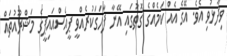
ވިދާޅުވި އެވެ. އޭގެ އެއް ކަމެއްގެ ގޮތުގައި އޭނާ ފާހަގަކުރެއްވީ ޕީއެސްއައިޕީގެ މަޝްރޫއުތައް